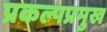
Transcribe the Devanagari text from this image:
प्रकल्पप्रमुख